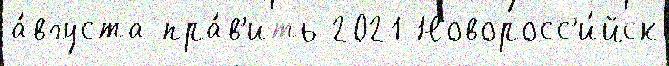
а́вгуста пра́в'ить 2021 Новоросс'и́йск